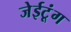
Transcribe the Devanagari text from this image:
जेईटूंग